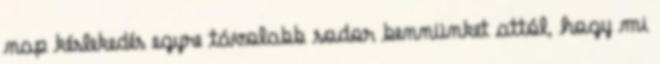
nap késlekedés egyre távolabb sodor bennünket attól, hogy mi